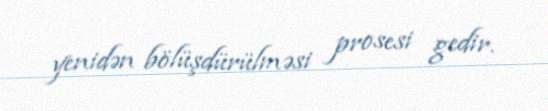
yenidən bölüşdürülməsi prosesi gedir.